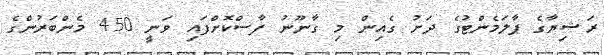
ރަޝިޔާގެ ޕާލަމެންޓުގެ ދަށު ގެއިން މި ގާނޫނު ފާސްކޮށްފައި ވަނީ 450 މެންބަރުންގެ